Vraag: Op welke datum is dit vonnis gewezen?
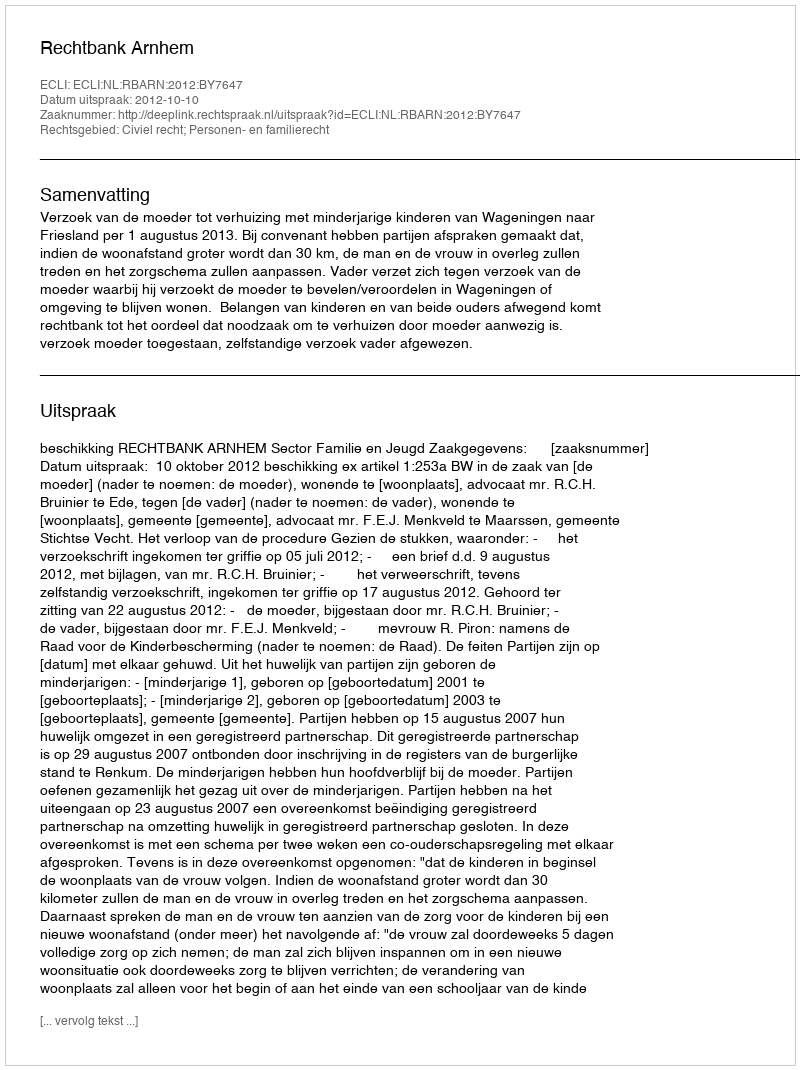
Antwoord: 2012-10-10